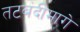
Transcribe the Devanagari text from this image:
तटबंदीमागे